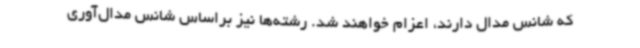
که شانس مدال دارند، اعزام خواهند شد. رشته‌ها نیز براساس شانس مدال‌آوری